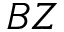
B Z